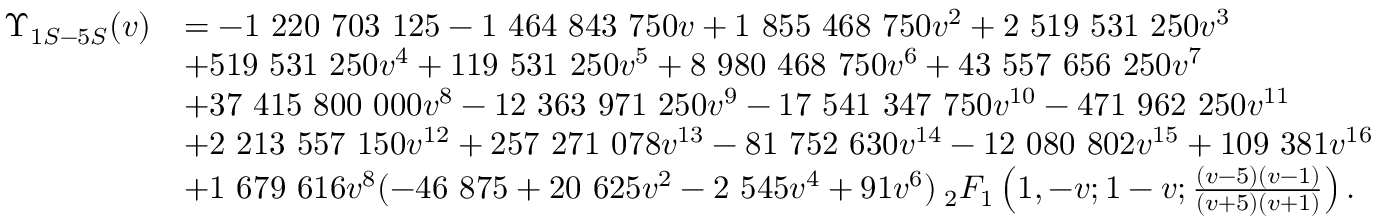
\begin{array} { r l } { \Upsilon _ { 1 S - 5 S } ( v ) } & { = - 1 ~ 2 2 0 ~ 7 0 3 ~ 1 2 5 - 1 ~ 4 6 4 ~ 8 4 3 ~ 7 5 0 v + 1 ~ 8 5 5 ~ 4 6 8 ~ 7 5 0 v ^ { 2 } + 2 ~ 5 1 9 ~ 5 3 1 ~ 2 5 0 v ^ { 3 } } \\ & { + 5 1 9 ~ 5 3 1 ~ 2 5 0 v ^ { 4 } + 1 1 9 ~ 5 3 1 ~ 2 5 0 v ^ { 5 } + 8 ~ 9 8 0 ~ 4 6 8 ~ 7 5 0 v ^ { 6 } + 4 3 ~ 5 5 7 ~ 6 5 6 ~ 2 5 0 v ^ { 7 } } \\ & { + 3 7 ~ 4 1 5 ~ 8 0 0 ~ 0 0 0 v ^ { 8 } - 1 2 ~ 3 6 3 ~ 9 7 1 ~ 2 5 0 v ^ { 9 } - 1 7 ~ 5 4 1 ~ 3 4 7 ~ 7 5 0 v ^ { 1 0 } - 4 7 1 ~ 9 6 2 ~ 2 5 0 v ^ { 1 1 } } \\ & { + 2 ~ 2 1 3 ~ 5 5 7 ~ 1 5 0 v ^ { 1 2 } + 2 5 7 ~ 2 7 1 ~ 0 7 8 v ^ { 1 3 } - 8 1 ~ 7 5 2 ~ 6 3 0 v ^ { 1 4 } - 1 2 ~ 0 8 0 ~ 8 0 2 v ^ { 1 5 } + 1 0 9 ~ 3 8 1 v ^ { 1 6 } } \\ & { + 1 ~ 6 7 9 ~ 6 1 6 v ^ { 8 } ( - 4 6 ~ 8 7 5 + 2 0 ~ 6 2 5 v ^ { 2 } - 2 ~ 5 4 5 v ^ { 4 } + 9 1 v ^ { 6 } ) \: _ { 2 } F _ { 1 } \left( 1 , - v ; 1 - v ; \frac { ( v - 5 ) ( v - 1 ) } { ( v + 5 ) ( v + 1 ) } \right) . } \end{array}